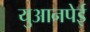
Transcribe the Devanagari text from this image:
युआनपेई